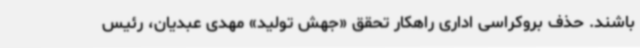
باشند. حذف بروکراسی اداری راهکار تحقق «جهش تولید» مهدی عبدیان، رئیس